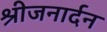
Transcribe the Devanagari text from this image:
श्रीजनार्दन